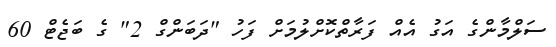
ސަލްމާންގެ އަގު އެއް ފަރާތްކޮށްލުމަށް ފަހު "ދަބަންގް 2" ގެ ބަޖެޓް 60